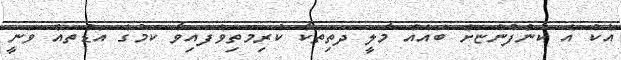
އެކު އެ ކުންފުންޏަށް ބައެއް މާލީ ދަތިތަކާ ކުރިމަތިވެފައިވާ ކަމުގެ އަޑުތައް ވަނީ